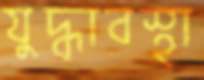
যুদ্ধাবস্থা